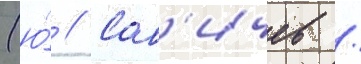
(ю́ // Сав'ичев /